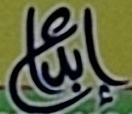
إبداع